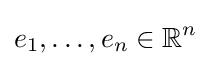
e_{1},\dots ,e_{n}\in \mathbb {R} ^{n}